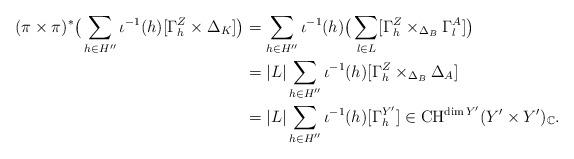
LaTeX: \begin{align*}(\pi\times \pi)^*\big(\sum_{h\in H''}\iota^{-1}(h)[\Gamma^Z_h\times\Delta_K]\big) &= \sum_{h\in H''}\iota^{-1}(h)\big(\sum_{l\in L} [\Gamma^Z_h\times_{\Delta_B}\Gamma^A_l]\big)\\&= |L|\sum_{h\in H''}\iota^{-1}(h)[\Gamma^Z_h\times_{\Delta_B}\Delta_A]\\&= |L|\sum_{h\in H''}\iota^{-1}(h)[\Gamma^{Y'}_h] \in \mathrm{CH}^{\dim Y'}(Y'\times Y')_{\mathbb{C}}.\end{align*}